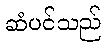
ဆံပင်သည်